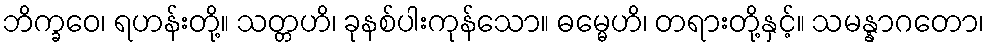
ဘိက္ခဝေ၊ ရဟန်းတို့။ သတ္တဟိ၊ ခုနစ်ပါးကုန်သော။ ဓမ္မေဟိ၊ တရားတို့နှင့်။ သမန္နာဂတော၊